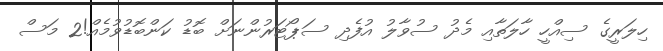
ހިލަރީގެ ސިއްހީ ހާލަތާއި މެދު ސުވާލު އުފެދި ސަޕޯޓަރުންނަށް ބޮޑު ކަންބޮޑުވުމެއް!2 މަސް